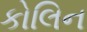
કોલિન